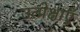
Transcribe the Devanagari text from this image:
उत्प्रेक्षाएँ